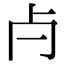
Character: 𣦵